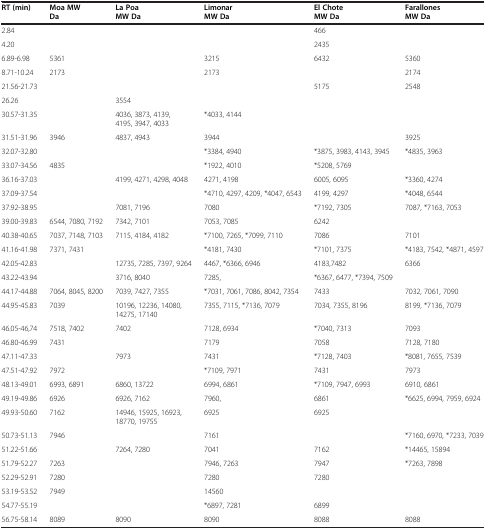
<table><thead><tr><td><b>RT (min)</b></td><td><b>Moa MW Da</b></td><td><b>La Poa MW Da</b></td><td><b>Limonar MW Da</b></td><td><b>El Chote MW Da</b></td><td><b>Farallones MW Da</b></td></tr></thead><tbody><tr><td>2.84</td><td>[EMPTY_CELL]</td><td>[EMPTY_CELL]</td><td>[EMPTY_CELL]</td><td>466</td><td>[EMPTY_CELL]</td></tr><tr><td>4.20</td><td>[EMPTY_CELL]</td><td>[EMPTY_CELL]</td><td>[EMPTY_CELL]</td><td>2435</td><td>[EMPTY_CELL]</td></tr><tr><td>6.89-6.98</td><td>5361</td><td>[EMPTY_CELL]</td><td>3215</td><td>6432</td><td>5360</td></tr><tr><td>8.71-10.24</td><td>2173</td><td>[EMPTY_CELL]</td><td>2173</td><td>[EMPTY_CELL]</td><td>2174</td></tr><tr><td>21.56-21.73</td><td>[EMPTY_CELL]</td><td>[EMPTY_CELL]</td><td>[EMPTY_CELL]</td><td>5175</td><td>2548</td></tr><tr><td>26.26</td><td>[EMPTY_CELL]</td><td>3554</td><td>[EMPTY_CELL]</td><td>[EMPTY_CELL]</td><td>[EMPTY_CELL]</td></tr><tr><td>30.57-31.35</td><td>[EMPTY_CELL]</td><td>4036, 3873, 4139, 4195, 3947, 4033</td><td>*4033, 4144</td><td>[EMPTY_CELL]</td><td>[EMPTY_CELL]</td></tr><tr><td>31.51-31.96</td><td>3946</td><td>4837, 4943</td><td>3944</td><td>[EMPTY_CELL]</td><td>3925</td></tr><tr><td>32.07-32.80</td><td>[EMPTY_CELL]</td><td>[EMPTY_CELL]</td><td>*3384, 4940</td><td>*3875, 3983, 4143, 3945</td><td>*4835, 3963</td></tr><tr><td>33.07-34.56</td><td>4835</td><td>[EMPTY_CELL]</td><td>*1922, 4010</td><td>*5208, 5769</td><td>[EMPTY_CELL]</td></tr><tr><td>36.16-37.03</td><td>[EMPTY_CELL]</td><td>4199, 4271, 4298, 4048</td><td>4271, 4198</td><td>6005, 6095</td><td>*3360, 4274</td></tr><tr><td>37.09-37.54</td><td>[EMPTY_CELL]</td><td>[EMPTY_CELL]</td><td>*4710, 4297, 4209, *4047, 6543</td><td>4199, 4297</td><td>*4048, 6544</td></tr><tr><td>37.92-38.95</td><td>[EMPTY_CELL]</td><td>7081, 7196</td><td>7080</td><td>*7192, 7305</td><td>7087, *7163, 7053</td></tr><tr><td>39.00-39.83</td><td>6544, 7080, 7192</td><td>7342, 7101</td><td>7053, 7085</td><td>6242</td><td>[EMPTY_CELL]</td></tr><tr><td>40.38-40.65</td><td>7037, 7148, 7103</td><td>7115, 4184, 4182</td><td>*7100, 7265, *7099, 7110</td><td>7086</td><td>7101</td></tr><tr><td>41.16-41.98</td><td>7371, 7431</td><td>[EMPTY_CELL]</td><td>*4181, 7430</td><td>*7101, 7375</td><td>*4183, 7542, *4871, 4597</td></tr><tr><td>42.05-42.83</td><td>[EMPTY_CELL]</td><td>12735, 7285, 7397, 9264</td><td>4467, *6366, 6946</td><td>4183,7482</td><td>6366</td></tr><tr><td>43.22-43.94</td><td>[EMPTY_CELL]</td><td>3716, 8040</td><td>7285,</td><td>*6367, 6477, *7394, 7509</td><td>[EMPTY_CELL]</td></tr><tr><td>44.17-44.88</td><td>7064, 8045, 8200</td><td>7039, 7427, 7355</td><td>*7031, 7061, 7086, 8042, 7354</td><td>7433</td><td>7032, 7061, 7090</td></tr><tr><td>44.95-45.83</td><td>7039</td><td>10196, 12236, 14080, 14275, 17140</td><td>7355, 7115, *7136, 7079</td><td>7034, 7355, 8196</td><td>8199, *7136, 7079</td></tr><tr><td>46.05-46,74</td><td>7518, 7402</td><td>7402</td><td>7128, 6934</td><td>*7040, 7313</td><td>7093</td></tr><tr><td>46.80-46.99</td><td>7431</td><td>[EMPTY_CELL]</td><td>7179</td><td>7058</td><td>7128, 7180</td></tr><tr><td>47.11-47.33</td><td>[EMPTY_CELL]</td><td>7973</td><td>7431</td><td>*7128, 7403</td><td>*8081, 7655, 7539</td></tr><tr><td>47.51-47.92</td><td>7972</td><td>[EMPTY_CELL]</td><td>*7109, 7971</td><td>7431</td><td>7973</td></tr><tr><td>48.13-49.01</td><td>6993, 6891</td><td>6860, 13722</td><td>6994, 6861</td><td>*7109, 7947, 6993</td><td>6910, 6861</td></tr><tr><td>49.19-49.86</td><td>6926</td><td>6926, 7162</td><td>7960,</td><td>6861</td><td>*6625, 6994, 7959, 6924</td></tr><tr><td>49.93-50.60</td><td>7162</td><td>14946, 15925, 16923, 18770, 19755</td><td>6925</td><td>6925</td><td>[EMPTY_CELL]</td></tr><tr><td>50.73-51.13</td><td>7946</td><td>[EMPTY_CELL]</td><td>7161</td><td>[EMPTY_CELL]</td><td>*7160, 6970, *7233, 7039</td></tr><tr><td>51.22-51.66</td><td>[EMPTY_CELL]</td><td>7264, 7280</td><td>7041</td><td>7162</td><td>*14465, 15894</td></tr><tr><td>51.79-52.27</td><td>7263</td><td>[EMPTY_CELL]</td><td>7946, 7263</td><td>7947</td><td>*7263, 7898</td></tr><tr><td>52.29-52.91</td><td>7280</td><td>[EMPTY_CELL]</td><td>7280</td><td>7280</td><td>[EMPTY_CELL]</td></tr><tr><td>53.19-53.52</td><td>7949</td><td>[EMPTY_CELL]</td><td>14560</td><td>[EMPTY_CELL]</td><td>[EMPTY_CELL]</td></tr><tr><td>54.77-55.19</td><td>[EMPTY_CELL]</td><td>[EMPTY_CELL]</td><td>*6897, 7281</td><td>6899</td><td>[EMPTY_CELL]</td></tr><tr><td>56.75-58.14</td><td>8089</td><td>8090</td><td>8090</td><td>8088</td><td>8088</td></tr></tbody></table>